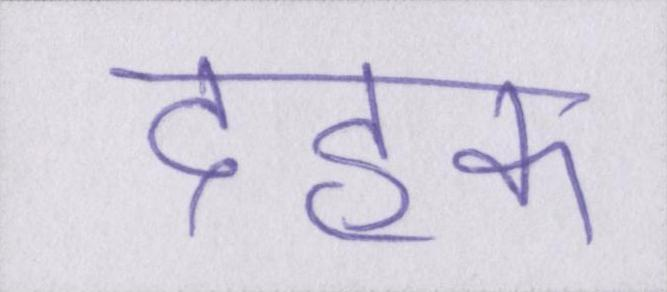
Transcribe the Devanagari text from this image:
दहक